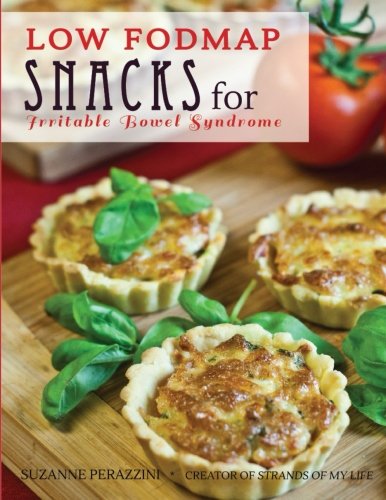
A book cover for Low Fodmap Snacks for Irritable Bowel Syndrome; Suzanne Perazzini; Health, Fitness & Dieting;